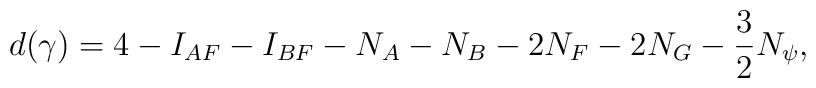
d(\gamma)= 4 -  I_{AF} -I_{BF}-N_A-N_B-2 N_F-2N_G - \frac32 N_\psi,